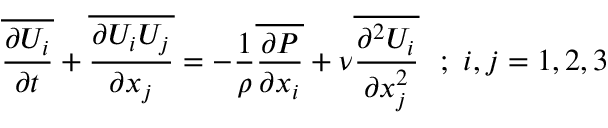
\overline { { { \frac { \partial U _ { i } } { \partial t } } } } + \overline { { { \frac { \partial U _ { i } U _ { j } } { \partial x _ { j } } } } } = - { \frac { 1 } { \rho } } \overline { { { \frac { \partial P } { \partial x _ { i } } } } } + \nu \overline { { { \frac { \partial ^ { 2 } U _ { i } } { \partial x _ { j } ^ { 2 } } } } } ~ ~ ; ~ i , j = 1 , 2 , 3